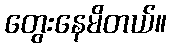
တွေးနေမိတယ်။